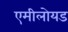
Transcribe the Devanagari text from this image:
एमीलोयड